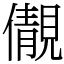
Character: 儬